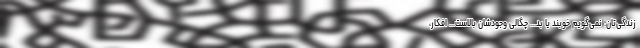
زندگی‌تان؛ نمی‌گویم خوبند یا بد... چگالی وجودشان بالاست... افکار،